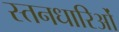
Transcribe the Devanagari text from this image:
स्तनधारिओं